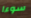
سوءا